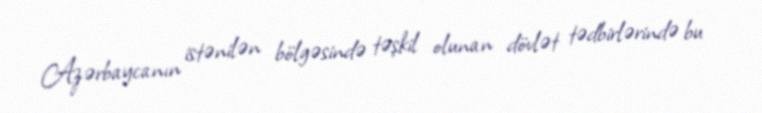
Azərbaycanın istənilən bölgəsində təşkil olunan dövlət tədbirlərində bu